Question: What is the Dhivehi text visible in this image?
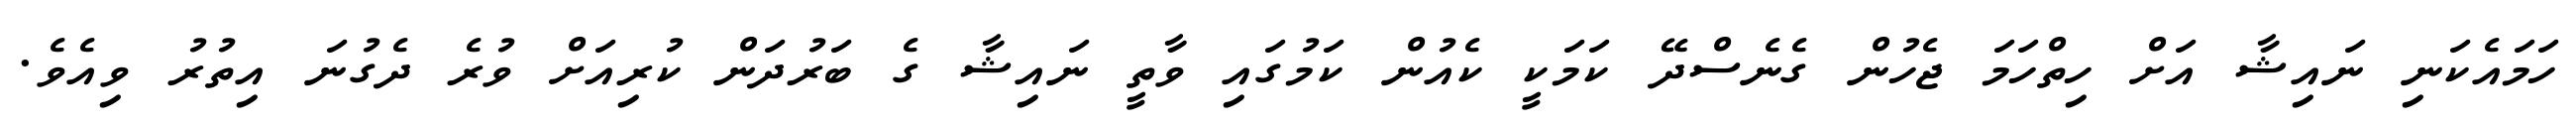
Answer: ހަމައެކަނި ނައިޝާ އަށް ހިތްހަމަ ޖެހުން ގެނެސްދޭ ކަމަކީ ކެއުން ކަމުގައި ވާތީ ނައިޝާ ގެ ބަރުދަން ކުރިއަށް ވުރެ ދެގުނަ އިތުރު ވިއެވެ.